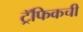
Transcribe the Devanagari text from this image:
ट्रॅफिकची